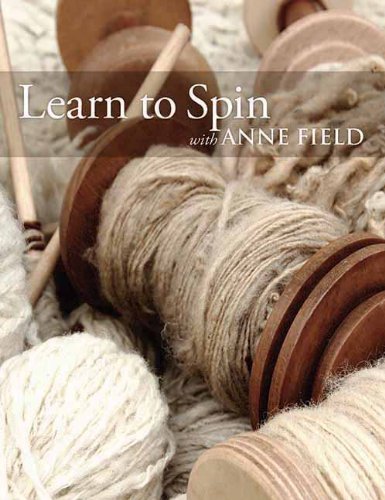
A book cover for Learn to Spin with Anne Field: Spinning Basics; Anne Field; Crafts, Hobbies & Home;